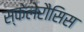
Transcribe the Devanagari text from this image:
स्केलेरौसिस